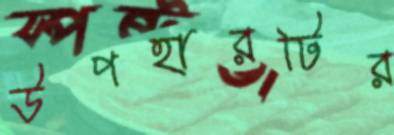
উপহারটির